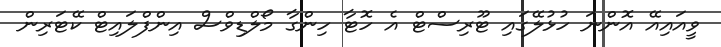
ވީއައިއޭ އޮންނަ ހުޅުލޭގައި ޓޫރިސްޓް އެ ހޮޓާ ހިންގާ މޯލްޑިވްސް އިންފްލައިޓް ކޭޓަރިން